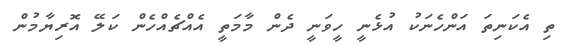
ތި އެކަނިތަ އަންހެނަކު އުޅެނީ ހީވަނީ ދެން މާމަތީ އެއްޗެއްހެން ކަލޭ އޮރިޔާމުން